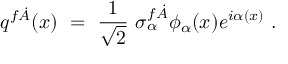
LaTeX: q ^ { f \dot { A } } ( x ) \ = \ \frac 1 { \sqrt 2 } \ \sigma _ { \alpha } ^ { f \dot { A } } \phi _ { \alpha } ( x ) e ^ { i \alpha ( x ) } \ .